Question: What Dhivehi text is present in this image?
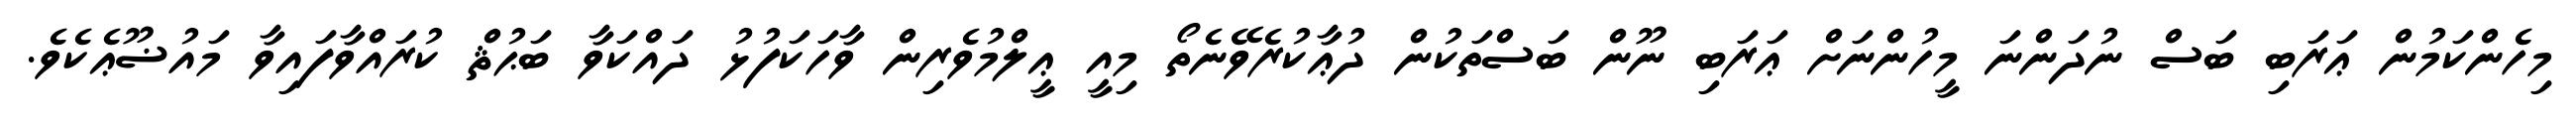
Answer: މިހެންކަމުން ޢަރަބި ބަސް ނުދަންނަ މީހުންނަށް ޢަރަބި ނޫން ބަސްތަކުން ދުޢާކުރެވޭނެތޯ މިއީ ޢީލްމުވެރިން ވާހަކަފުޅު ދައްކަވާ ބަޙުޘް ކުރައްވާފައިވާ މައުޟޫޢެކެވެ.